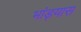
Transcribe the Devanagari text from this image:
भांड्यास